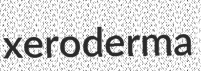
xeroderma